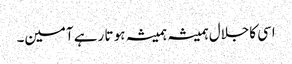
اسی کاجلال ہمیشہ ہمیشہ ہو تا رہے آمین۔